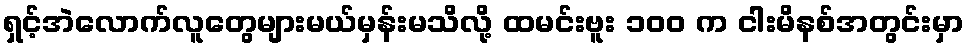
ရှင့်အဲလောက်လူတွေများမယ်မှန်းမသိလို့ ထမင်းဗူး ၁၀၀ က ငါးမိနစ်အတွင်းမှာ